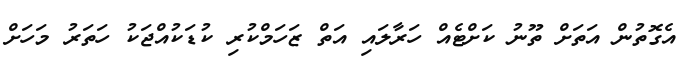
އެގޮތުން އަތަށް ތޫނު ކަށްޓެއް ހަރާލައި އަތް ޒަހަމްކުރި ކުޑަކުއްޖަކު ހަތަރު މަހަށް